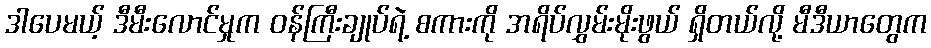
ဒါပေမယ့် ဒီမီးလောင်မှုက ဝန်ကြီးချုပ်ရဲ့ စကားကို အရိပ်လွှမ်းမိုးဖွယ် ရှိတယ်လို့ မီဒီယာတွေက